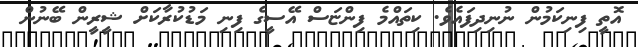
އޮތީ ފިނިކަމުން ނުނިދިފައެވެ. ކިތައްމެ ފިންޏަސް އޭސީގެ ފިނި މަޑުކުރާކަށް ޝީރީން ބޭނުން